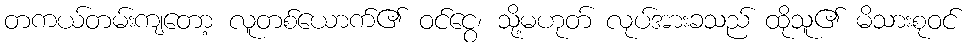
တကယ်တမ်းကျတော့ လူတစ်ယောက်၏ ဝင်ငွေ၊ သို့မဟုတ် လုပ်အားခသည် ထိုသူ၏ မိသားစုဝင်